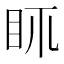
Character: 𥄙